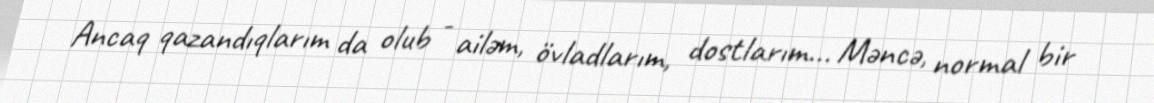
Ancaq qazandıqlarım da olub - ailəm, övladlarım, dostlarım... Məncə, normal bir